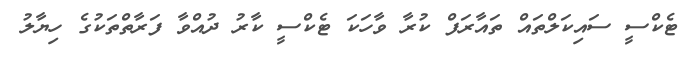
ޓެކްސީ ސައިކަލްތައް ތައާރަފް ކުރާ ވާހަކަ ޓެކްސީ ކާރު ދުއްވާ ފަރާތްތަކުގެ ހިޔާލު